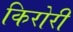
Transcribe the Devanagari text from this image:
किरोरी